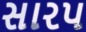
સારપ